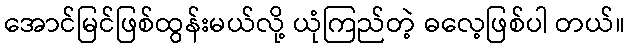
အောင်မြင်ဖြစ်ထွန်းမယ်လို့ ယုံကြည်တဲ့ ဓလေ့ဖြစ်ပါ တယ်။